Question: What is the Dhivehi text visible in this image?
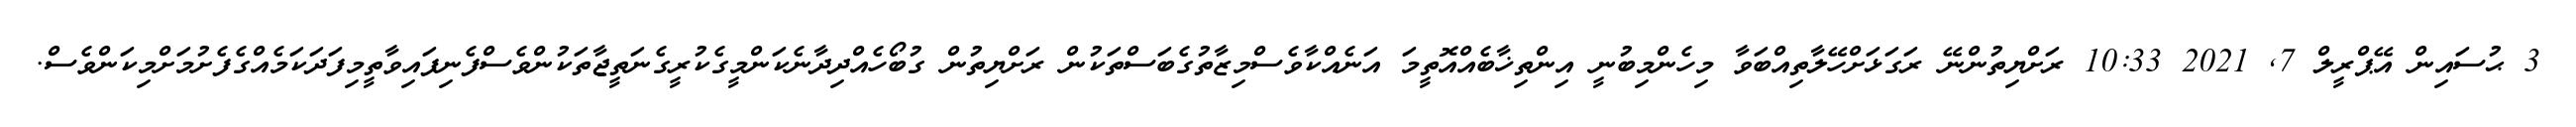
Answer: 3 ޙުސައިން އޭޕްރީލް 7, 2021 10:33 ރަށްޔިތުންނޭ ރަގަޅަށްހޭލާތިއްބަވާ މިހެންމިބުނީ އިންތިޚާބެއްއޮތީމަ އަނެއްކާވެސްމިޒާތުގެބަސްތަކުން ރަށްޔިތުން ގުބޯހެއްދިދާނެކަންމީގެކުރީގެނަތީޖާތަކުންވެސްފެނިފައިވާތީމިފަދަކަމެއްގެފެށުމަށްމިކަންވެސް.